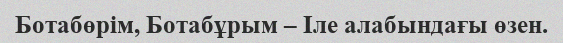
Ботабөрім, Ботабұрым – Іле алабындағы өзен.